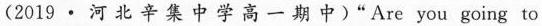
(2019\cdot河 北 辛集中学高一期中)"Are you going to